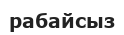
рабайсыз